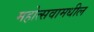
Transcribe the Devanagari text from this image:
महोत्सवामधील